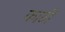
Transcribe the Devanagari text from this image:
काठीं